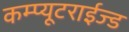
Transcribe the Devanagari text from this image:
कम्प्यूटराईज्ड